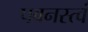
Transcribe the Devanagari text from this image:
पवनस्त्वं